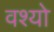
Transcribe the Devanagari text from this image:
वश्यो